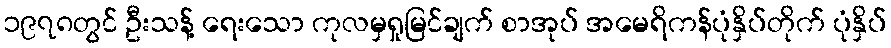
၁၉၇၈တွင် ဦးသန့် ရေးသော ကုလမှရှုမြင်ချက် စာအုပ် အမေရိကန်ပုံနှိပ်တိုက် ပုံနှိပ်